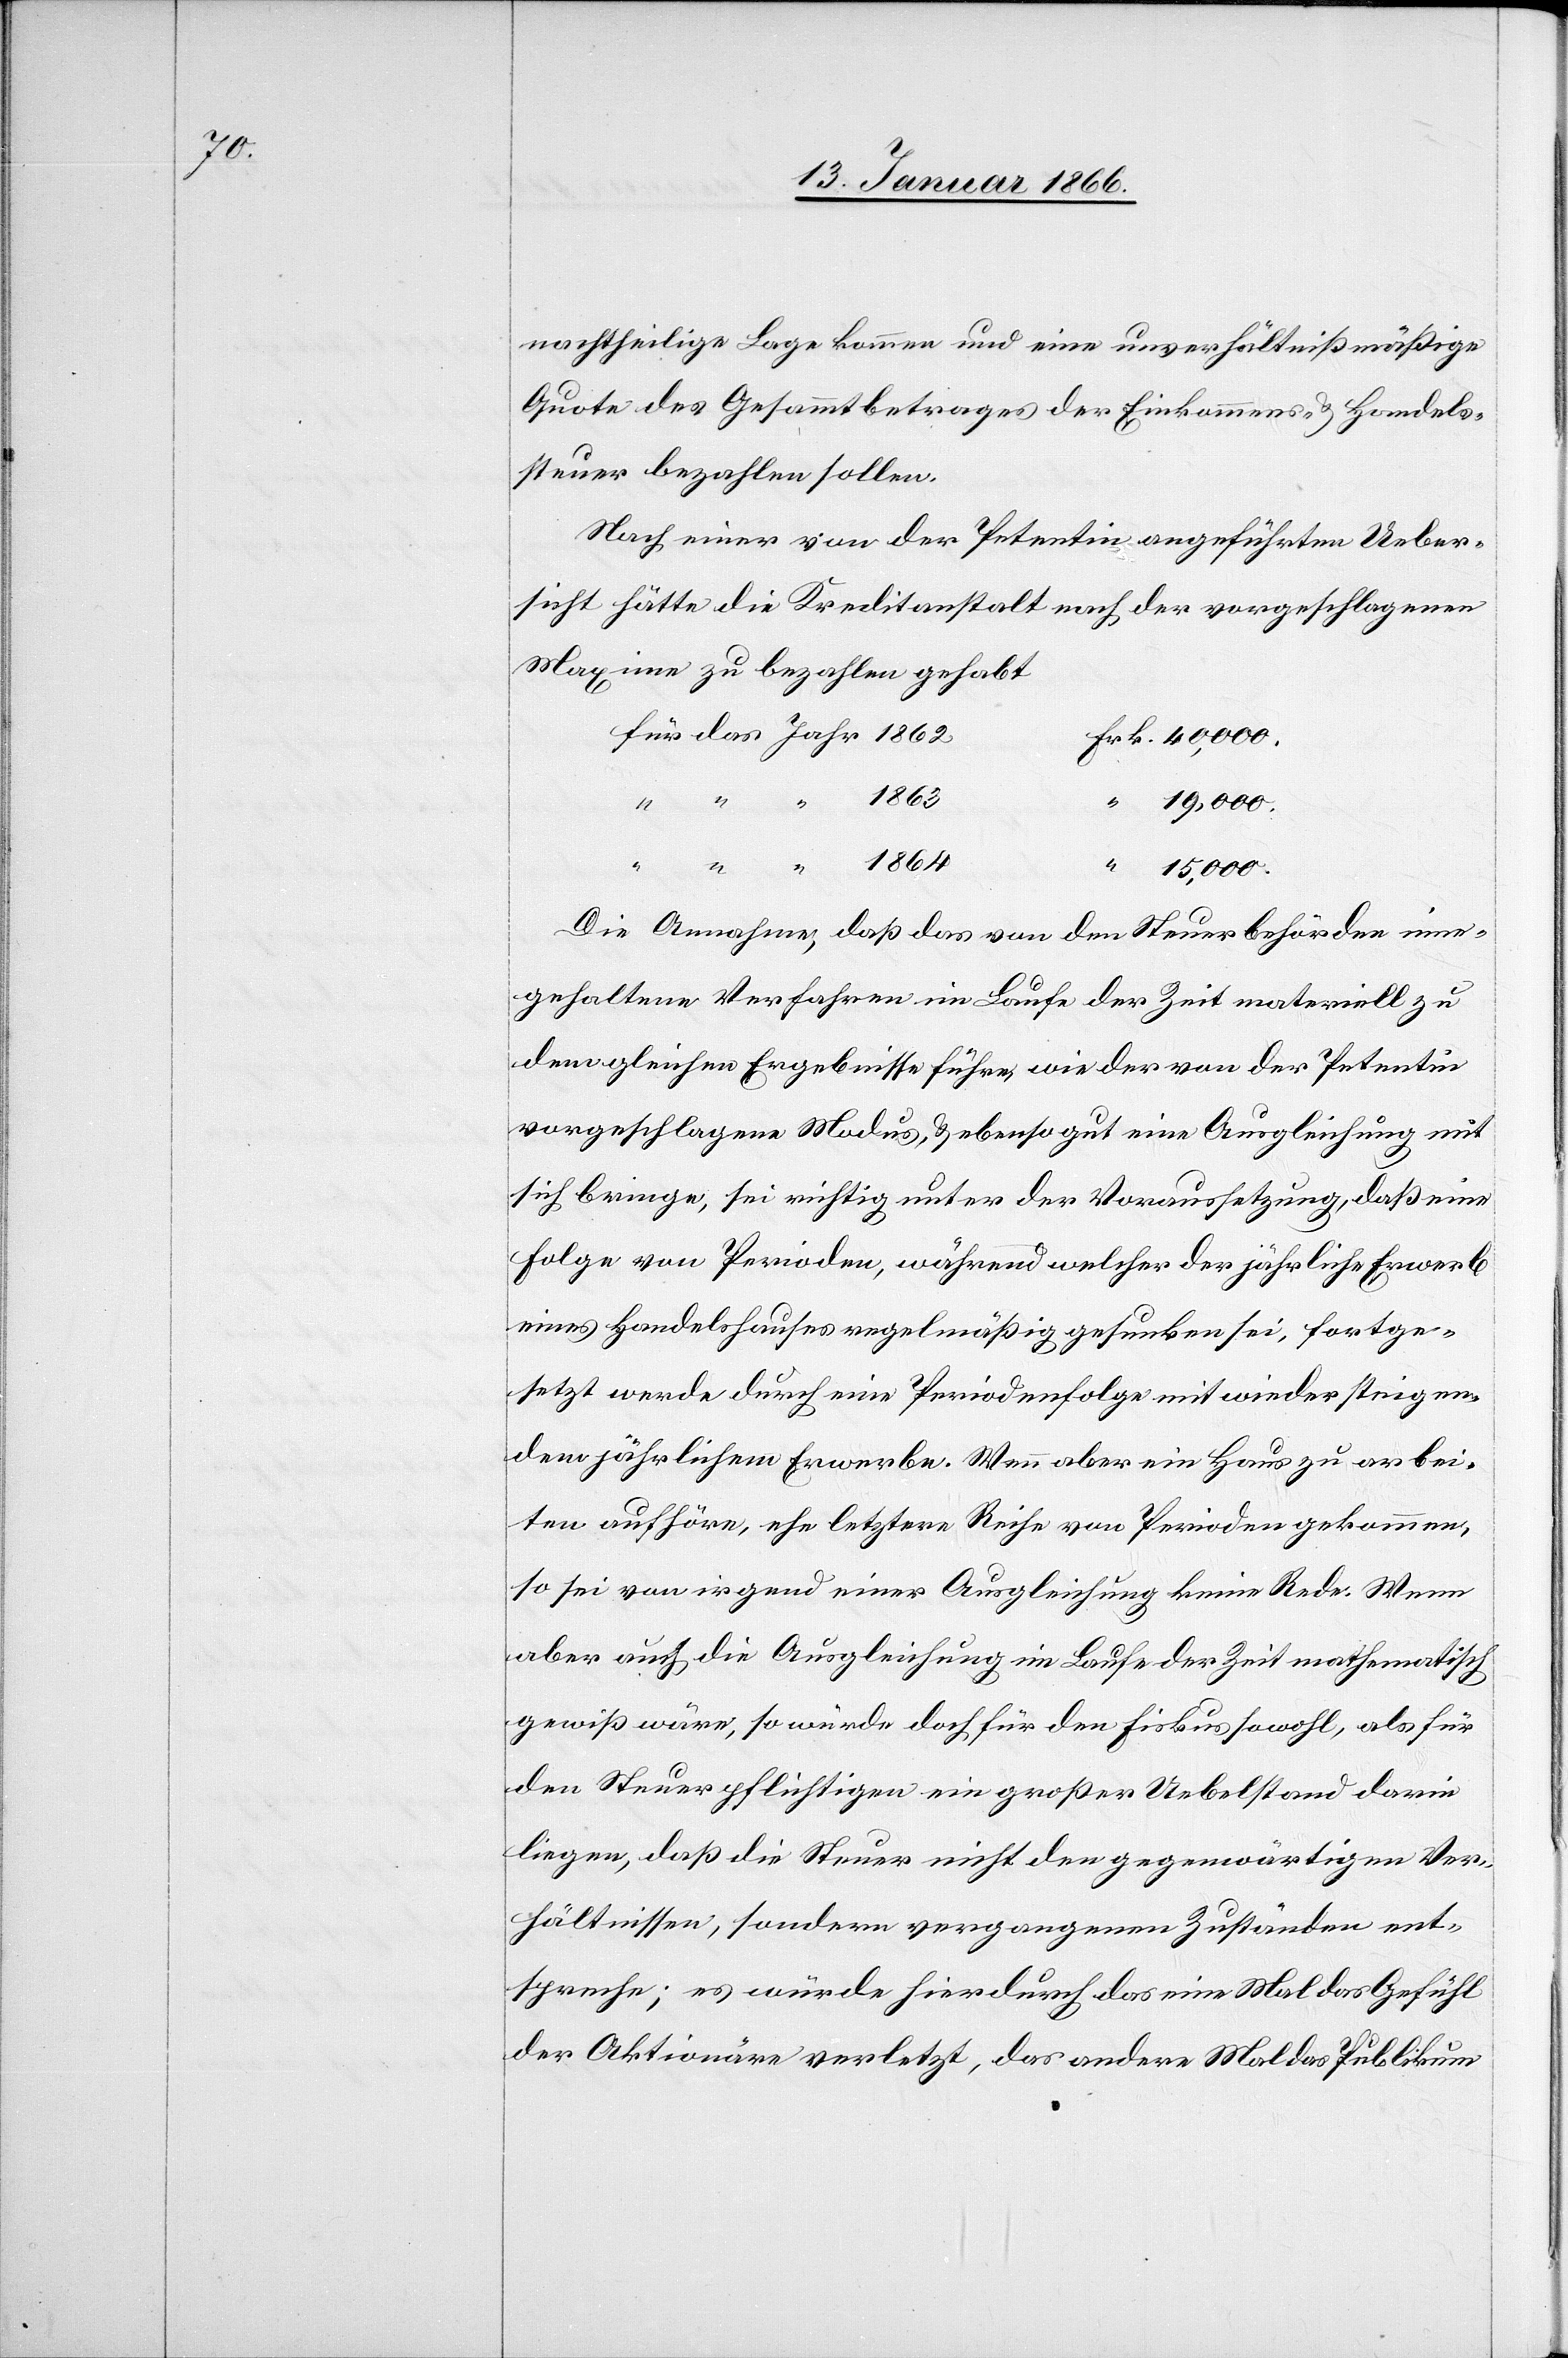
nachtheilige Lage kommen und eine unverhältnißmäßige
Quote des Gesammtbetrages der Einkommens- u. Handels¬
steuer bezahlen sollen.
Nach einer von der Petentin angeführten Ueber¬
sicht hätte die Kreditanstalt nach der vorgeschlagenen
Maxime zu bezahlen gehabt
1864
Frk.
15,000.
Die Annahme, daß das den Steuerbehörden inne¬
gehaltene Verfahren im Laufe der Zeit materiell zu
dem gleichen Ergebnisse führe, wie der von der Petentin
vorgeschlagene Modus, u. ebenso gut eine Ausgleichung mit
sich bringe, sei richtig unter der Voraussetzung, daß eine
Folge von Perioden, während welcher der jährliche Erwerb
eines Handelshauses regelmäßig gesunken sei, fortge¬
setzt werde durch eine Periodenfolge mit wieder steigen¬
dem jährlichen Erwerbe. Wenn aber ein Haus zu arbei¬
ten aufhöre, ehe letztere Reihe von Perioden gekommen,
so sei von irgend einer Ausgleichung keine Rede. Wenn
aber auch die Ausgleichung im Laufe der Zeit mathematisch
gewiß wäre, so würde doch für den Fiskus sowohl, als für
den Steuerpflichtigen ein großer Uebelstand darin
liegen, daß die Steuer nicht den gegenwärtigen Ver¬
hältnissen, sondern vorgegangenen Zuständen ent¬
spreche; es würde hierdurch das eine Mal das Gefühl
der Aktionäre verletzt, das andere Mal das Publikum